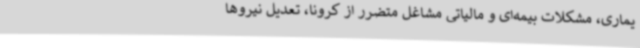
یماری، مشکلات بیمه‌ای و مالیاتی مشاغل متضرر از کرونا، تعدیل نیروها